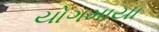
યોગમાયા